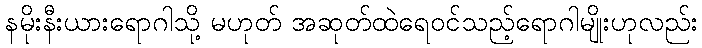
နမိုးနီးယားရောဂါသို့ မဟုတ် အဆုတ်ထဲရေဝင်သည့်ရောဂါမျိုးဟုလည်း